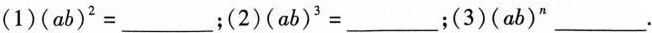
(1)$$( a b )^{2}=___$$；$$(2)( a b )^{3}=___$$；(3)$$( a b )^{n}___$$.